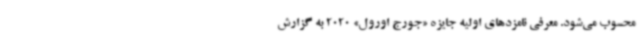
محسوب می‌شود. معرفی نامزدهای اولیه جایزه «جورج اورول» 2020 به گزارش